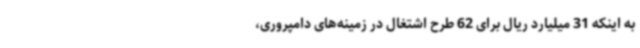
به اینکه 31 میلیارد ریال برای 62 طرح اشتغال در زمینه‌های دامپروری،